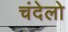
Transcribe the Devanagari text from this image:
चंदेलो